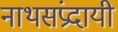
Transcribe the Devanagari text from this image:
नाथसंप्रदायी